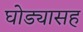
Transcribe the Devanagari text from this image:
घोड्यासह